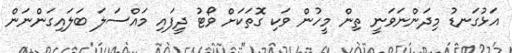
އަޅުގަނޑު މިދަންނަވަނީ ތިން މީހުން ވަކި ގޮތަކަށް ވޯޓު ދީފައި މައްސަލަ ބަލައިގަންނަން